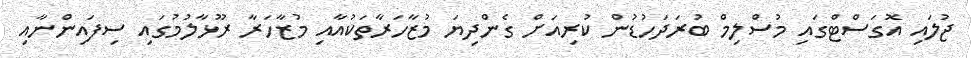
ޖުލައި އޮގަސްޓްގައި މުސްލިމް ބުރަދަހުޑުން ކުރިއަށް ގެންދިޔަ މުޒާހަރާތަކުއާއި މުޒާހަރާ ރޫޅާލުމުގައި ސިފައިންނާއި